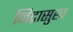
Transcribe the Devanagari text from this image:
निद्रासुख